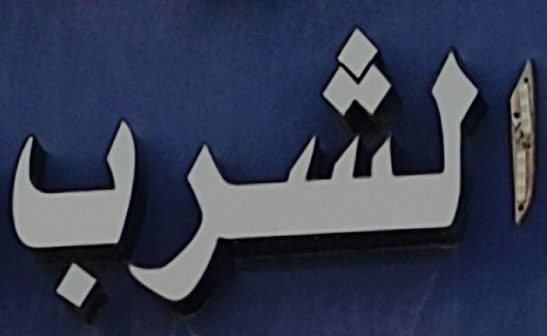
الشرب